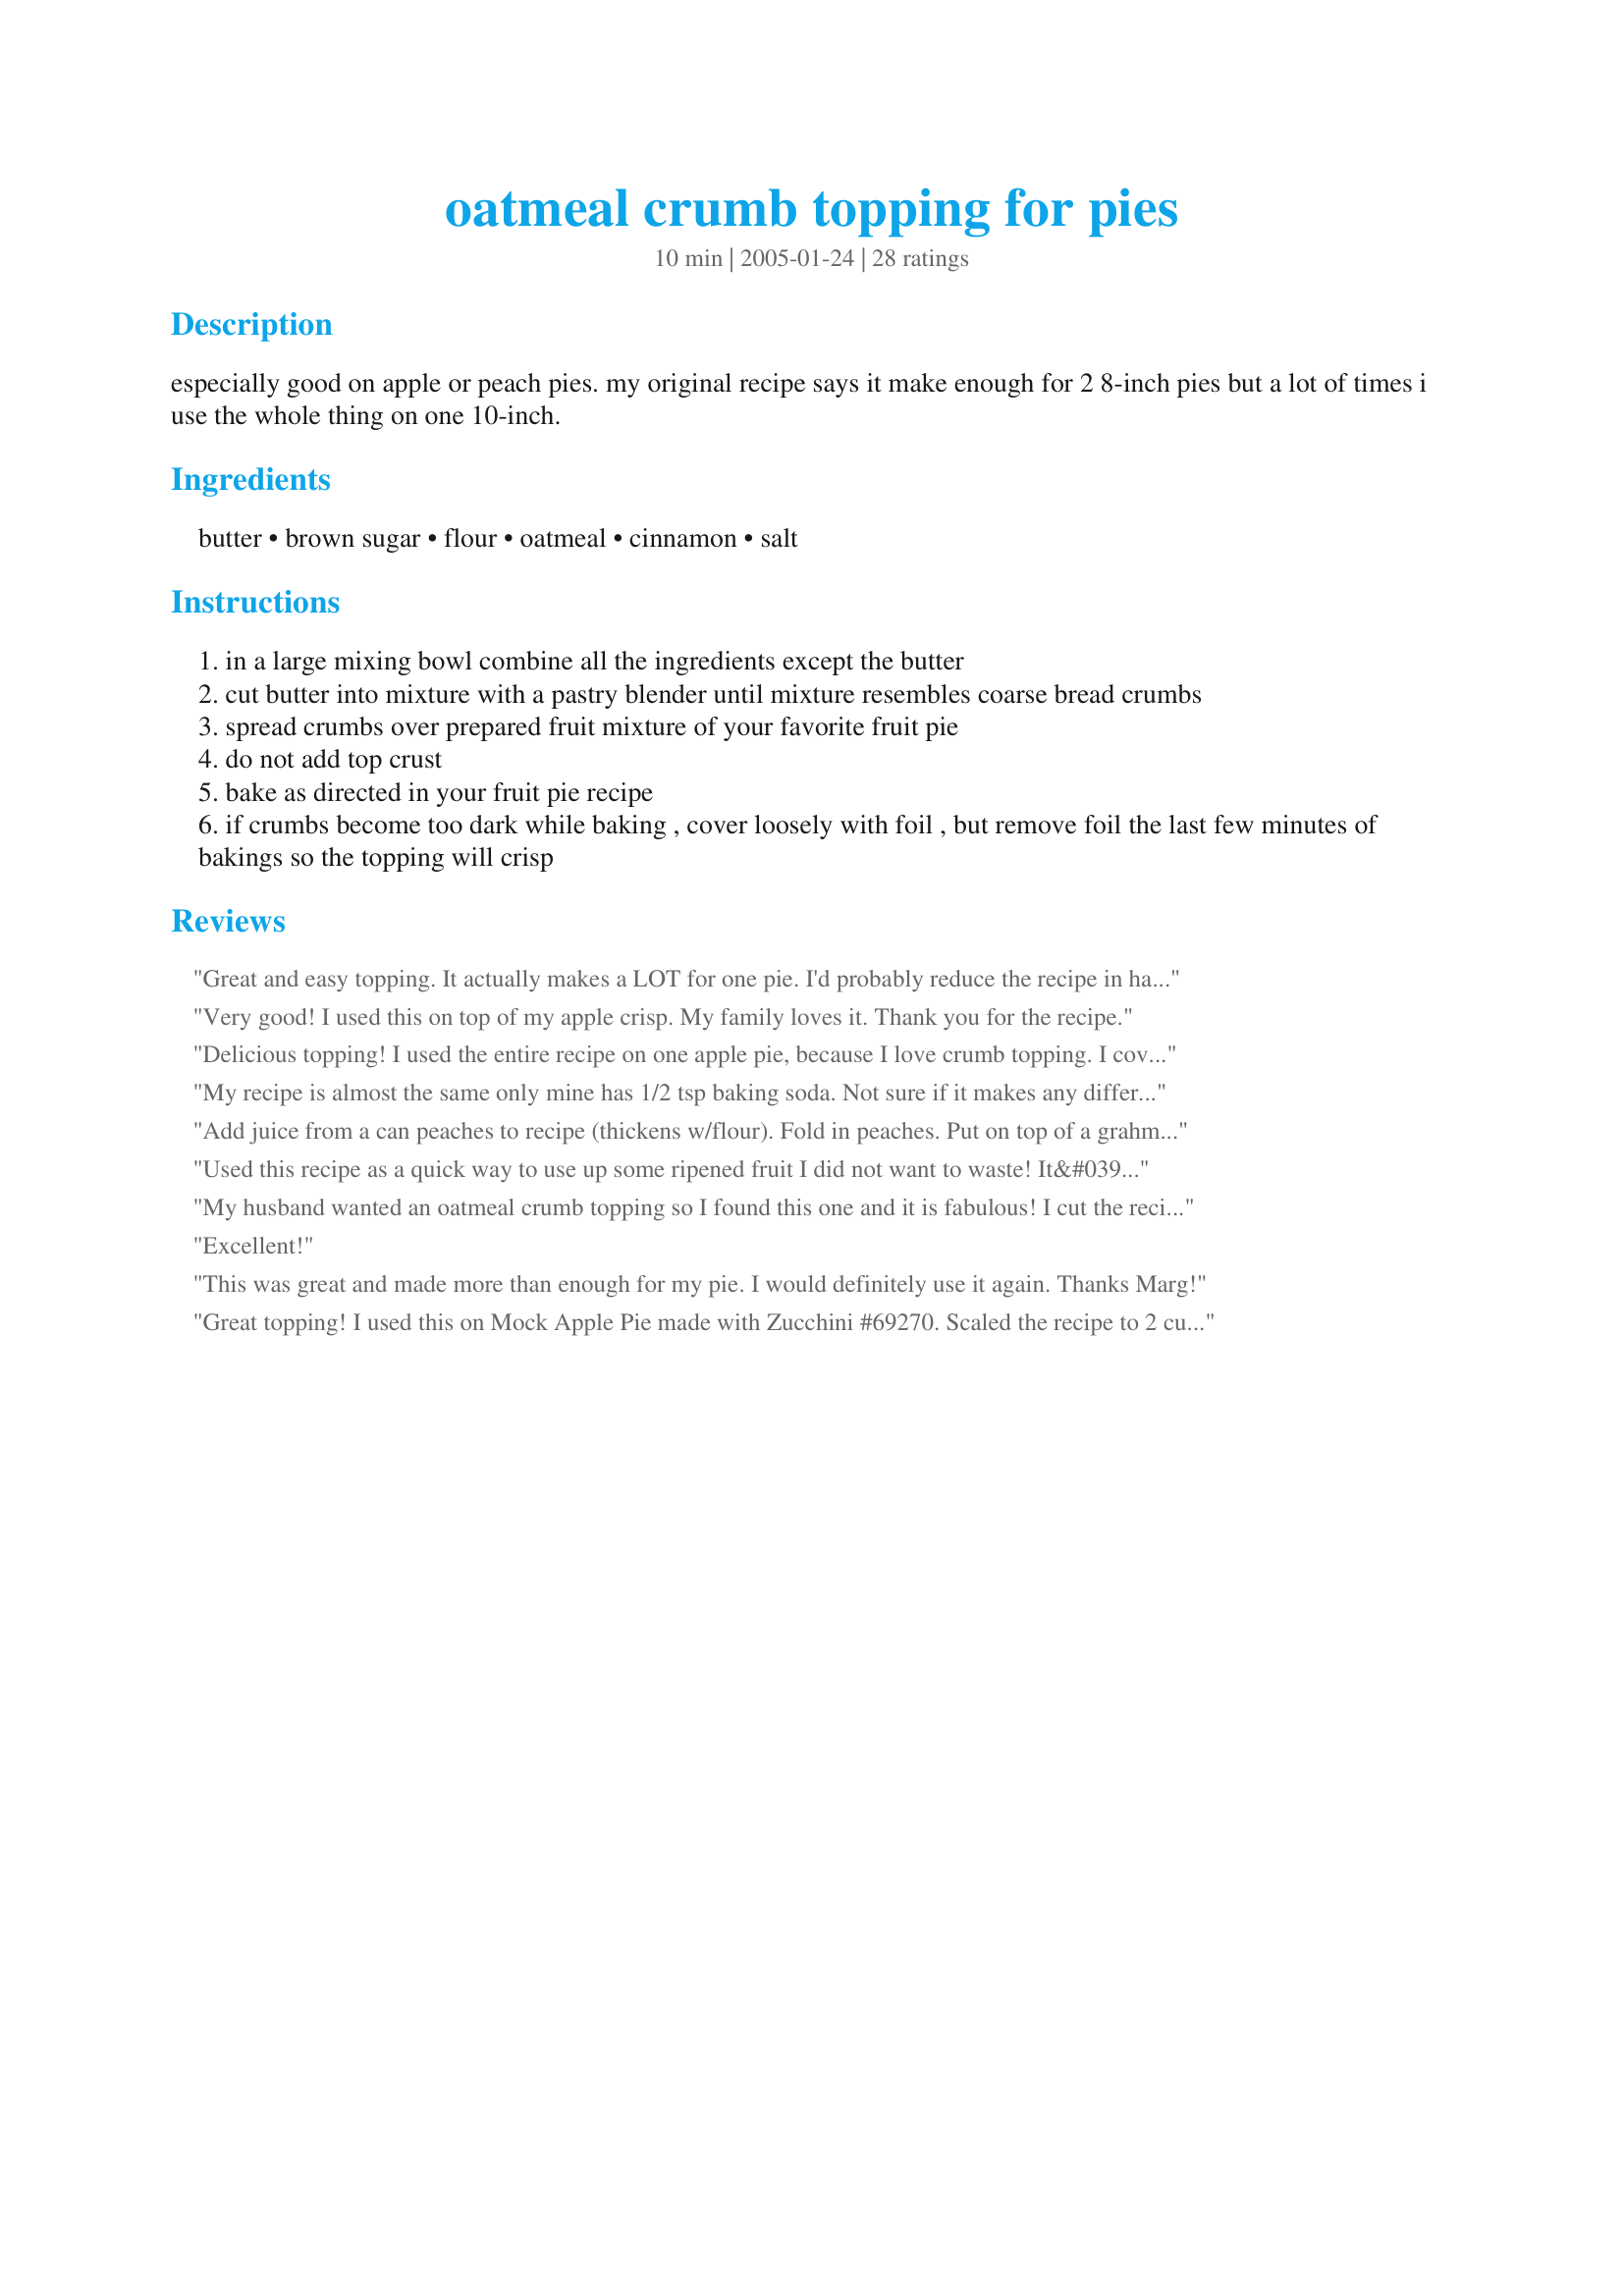
oatmeal crumb topping for pies
Preparation time: 10 minutes

especially good on apple or peach pies. my original recipe says it make enough for 2 8-inch pies but a lot of times i use the whole thing on one 10-inch.

Ingredients:
butter, brown sugar, flour, oatmeal, cinnamon, salt

Steps:
in a large mixing bowl combine all the ingredients except the butter
cut butter into mixture with a pastry blender until mixture resembles coarse bread crumbs
spread crumbs over prepared fruit mixture of your favorite fruit pie
do not add top crust
bake as directed in your fruit pie recipe
if crumbs become too dark while baking , cover loosely with foil , but remove foil the last few minutes of bakings so the topping will crisp

Reviews:
Great and easy topping. It actually makes a LOT for one pie. I'd probably reduce the recipe in half next time.
Very good! I used this on top of my apple crisp. My family loves it. Thank you for the recipe.
Delicious topping! I used the entire recipe on one apple pie, because I love crumb topping. I covered the pie with foil. I would definitely recommend as it is so good and so easy to make.
My recipe is almost the same only mine has 1/2 tsp baking soda. Not sure if it makes any difference.
Nice way to top a fruit pie.
Add juice from a can peaches to recipe (thickens w/flour). Fold in peaches. Put on top of a grahmn cracker crust. Bake 350 ~1hr Eat cold sliced into bars. Yummy
Used this recipe as a quick way to use up some ripened fruit I did not want to waste! It&#039;s really quick and delicious!
My husband wanted an oatmeal crumb topping so I found this one and it is fabulous! I cut the recipe to 2 Cups and it was still far too much for one pie BUT luckily I also had some leftover apples so I made some apple crisp with the rest ~ YUM! I find myself picking off the topping it's so good.
Excellent!
This was great and made more than enough for my pie. I would definitely use it again. Thanks Marg!
Great topping! I used this on Mock Apple Pie made with Zucchini #69270. Scaled the recipe to 2 cups which was perfect. Would also be nice for a quick fruit cobbler. What a handy recipe! Thanks, Marg!
I used this with the Splenda 50/50 mix (used 1/2 cup) and it was DELISH on my fruit cobbler!
Very good recipe I made an applesauce pie which is good but not real attractive. I used this to make it look better and it made it really, really good.
Banging good!
Used this along with your apple pie filling for an awesome pie!!!! Thanks so much!!!!
The best topping EVER for pies! I am not a huge fan of pie crusts or pastry...it isn't sweet enough for me! This is the topping I will use from now on for ever fruit pie or cobbler I make! I used it to top recipe#69270. It was completely delicious. And yes, I did use the whole recipe...and will every time. Thanks so much for a wonderful recipe!
Outstanding recipe. I made and apple pie for my son's birthday and topped it with this. I can't wait to try this on other pie recipes. So incredibly delicious.
This is so good, where were you when I was hunting for a good topping for a peach pie, I loved this, thanks for sharing
What a great change of pace from a 2 crust pie! Used this on top of my recipe #199244. It was fabulous!
Thank you!
Awsome. Used this to top orange cranberry muffins that I instead baked in a 9x13" pan. I covered the o/c batter with this recipe. Was the perfect amount.
Great recipe! I halved it for one 9&quot; pie. For those who said it came out hard and not crumbly, make sure your butter is not too soft or melted. Work it by hand. It will be perfect!
I topped your Blue ribbon Apple Pie with this (all of it!!)- what a great combination! Thanks for posting this- I can't wait to try it on other fruit pies.
Nice change from the triditional crumb crust. I did find out that overbaking will cause this crust to become very hard, so watch the time and temp. I use it for the Mock Apple Pie made with Zucchini #69270. As suggested in the review by LonghornMama.
I use this when I make peach cobbler for breakfast... it sinks right into the peaches and makes a very fulfilling breakfast.... <br/><br/>I know its supposed to go ON TOP of a PIE but its very versatile lol
Simple and superb. Used my hands instead of. Pastry cutter and it worked just fine. One less thing to wash....
YUMMY!
nom nom nom nom nom
put it on strawberry rhubarb pie, so good! thanks!
Always preferred crumb topping over crust but this one takes the pie! Will use again and again!
I used cold hard butter, (butter must be cold for the crumble to come out crunchy) and cut it into the dry ingredient mixture with 2 butter knives instead of a pastry blender. Also added a little more oats and cinnamon and a little less sugar (simply because that's my personal preference) and it came out PERFECT and delicious. Thank You!
Tweaked it a bit. Added a bit more oats and less flour. More cinnamon too. It was delicious!
